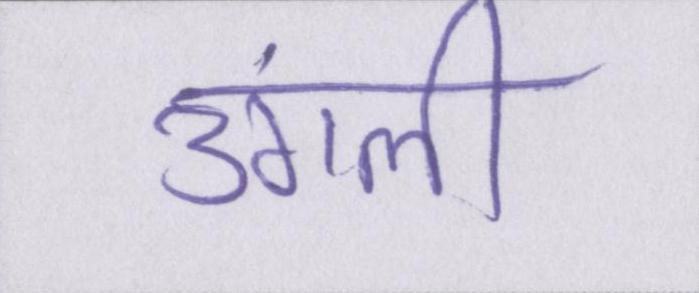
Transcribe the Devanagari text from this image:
उंगली